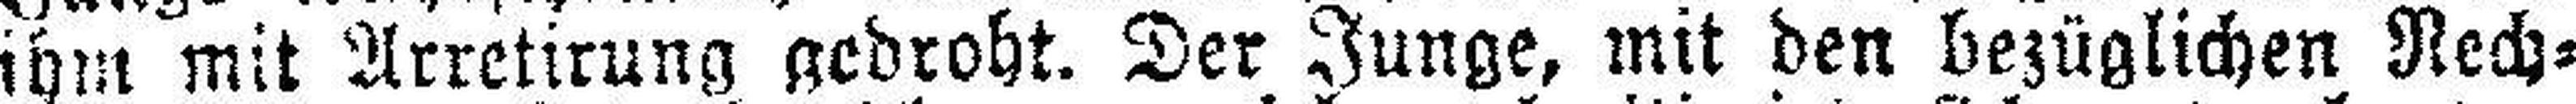
ihm mit Arretirung gedroht. Der Junge, mit den bezüglichen Rech¬